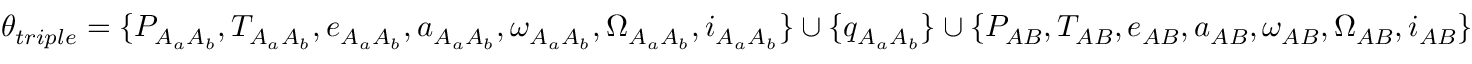
\theta _ { t r i p l e } = \{ P _ { A _ { a } A _ { b } } , T _ { A _ { a } A _ { b } } , e _ { A _ { a } A _ { b } } , a _ { A _ { a } A _ { b } } , \omega _ { A _ { a } A _ { b } } , \Omega _ { A _ { a } A _ { b } } , i _ { A _ { a } A _ { b } } \} \cup \{ q _ { A _ { a } A _ { b } } \} \cup \{ P _ { A B } , T _ { A B } , e _ { A B } , a _ { A B } , \omega _ { A B } , \Omega _ { A B } , i _ { A B } \}